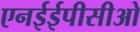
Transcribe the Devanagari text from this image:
एनईईपीसीओ